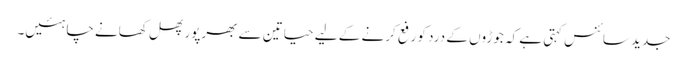
جدید سائنس کہتی ہے کہ جوڑوں کے درد کو رفع کرنے کے لیے حیاتین سے بھرپور پھل کھانے چاہئیں۔